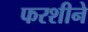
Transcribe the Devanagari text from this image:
फरशीने